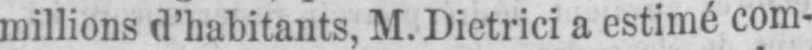
millions d’habitants, M. Dietrici a estimé com-